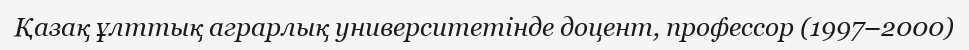
Қазақ ұлттық аграрлық университетінде дoцент, профессор (1997–2000)